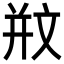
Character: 𣁊